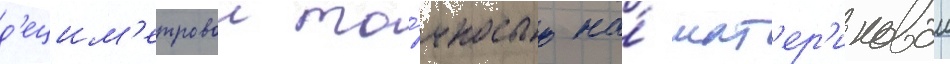
д'ецим'етровои то́чностью на́ мат'ер'иковои